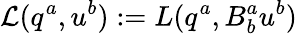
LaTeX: \mathcal{L}(q^{a},u^{b}):=L(q^{a},B_{b}^{a}u^{b})